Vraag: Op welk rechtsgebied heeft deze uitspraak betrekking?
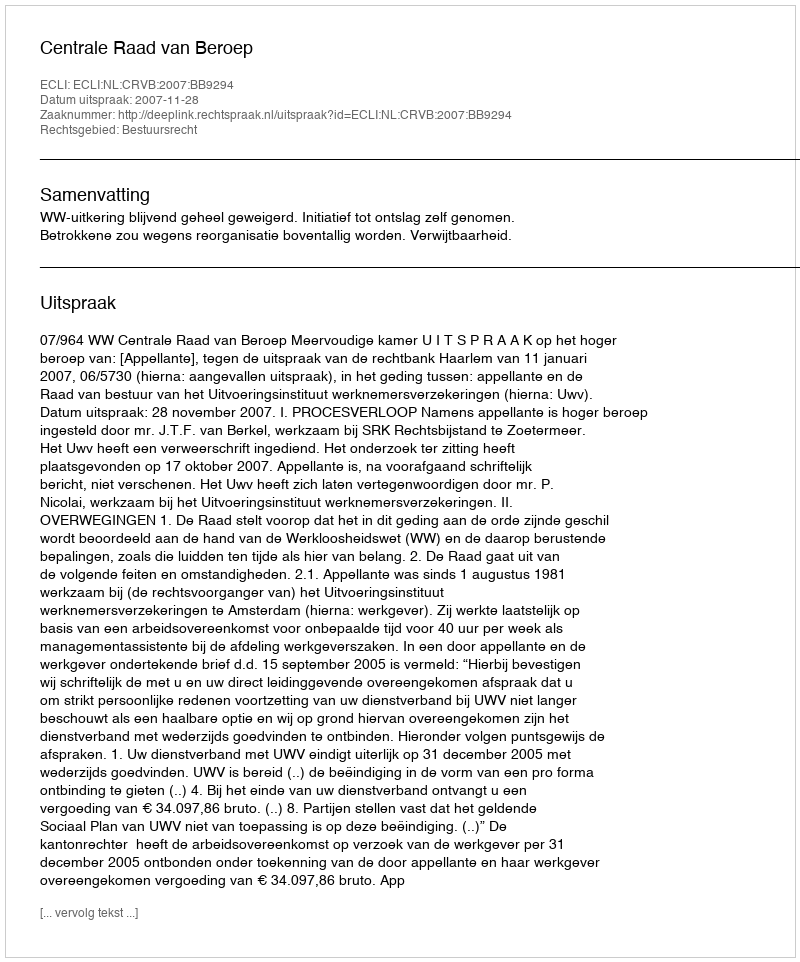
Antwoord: Bestuursrecht